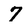
Character: 7